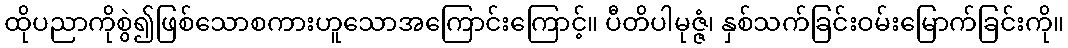
ထိုပညာကိုစွဲ၍ဖြစ်သောစကားဟူသောအကြောင်းကြောင့်။ ပီတိပါမုဇ္ဇံ၊ နှစ်သက်ခြင်းဝမ်းမြောက်ခြင်းကို။